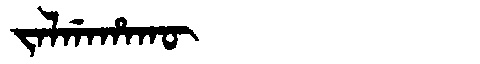
Manchu: ᠵᠠᠯᡤᠠᡥᠠᡴᡡ
Romanization: JALGAHAKŪ